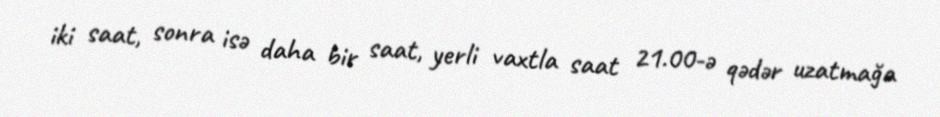
iki saat, sonra isə daha bir saat, yerli vaxtla saat 21.00-ə qədər uzatmağa